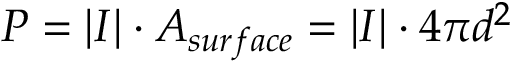
P = | I | \cdot A _ { s u r f a c e } = | I | \cdot 4 \pi d ^ { 2 }